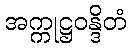
အက္ကုဋ္ဌဝန္ဒိတံ